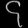
Digit: ၄